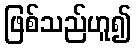
ဖြစ်သည်ဟူ၍